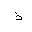
Letter: _thal